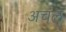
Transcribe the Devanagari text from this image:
अचंल